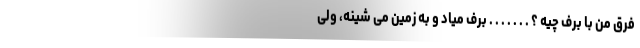
فرق من با برف چیه ؟ . . . . . . . برف میاد و به زمین می شینه، ولی